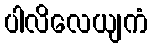
ပါလိလေယျကံ